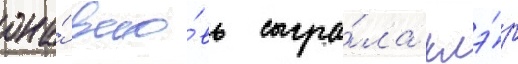
она́ вно́вь сыгра́ла клэ́р